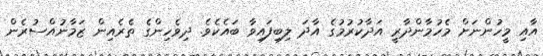
އާއި މީހުންނަށް މެހުމާންދާރީ އަދާކުރުމުގެ އާދަ ލިބިފައިވާ ބައެކެވެ. ދިވެހިންގެ ތެރެއިން ޒަމާނުއްސުރެން